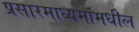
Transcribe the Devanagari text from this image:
प्रसारमाध्‍यमांमधील